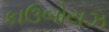
કાઉબોયઝ